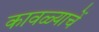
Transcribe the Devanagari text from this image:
कावळ्याचें